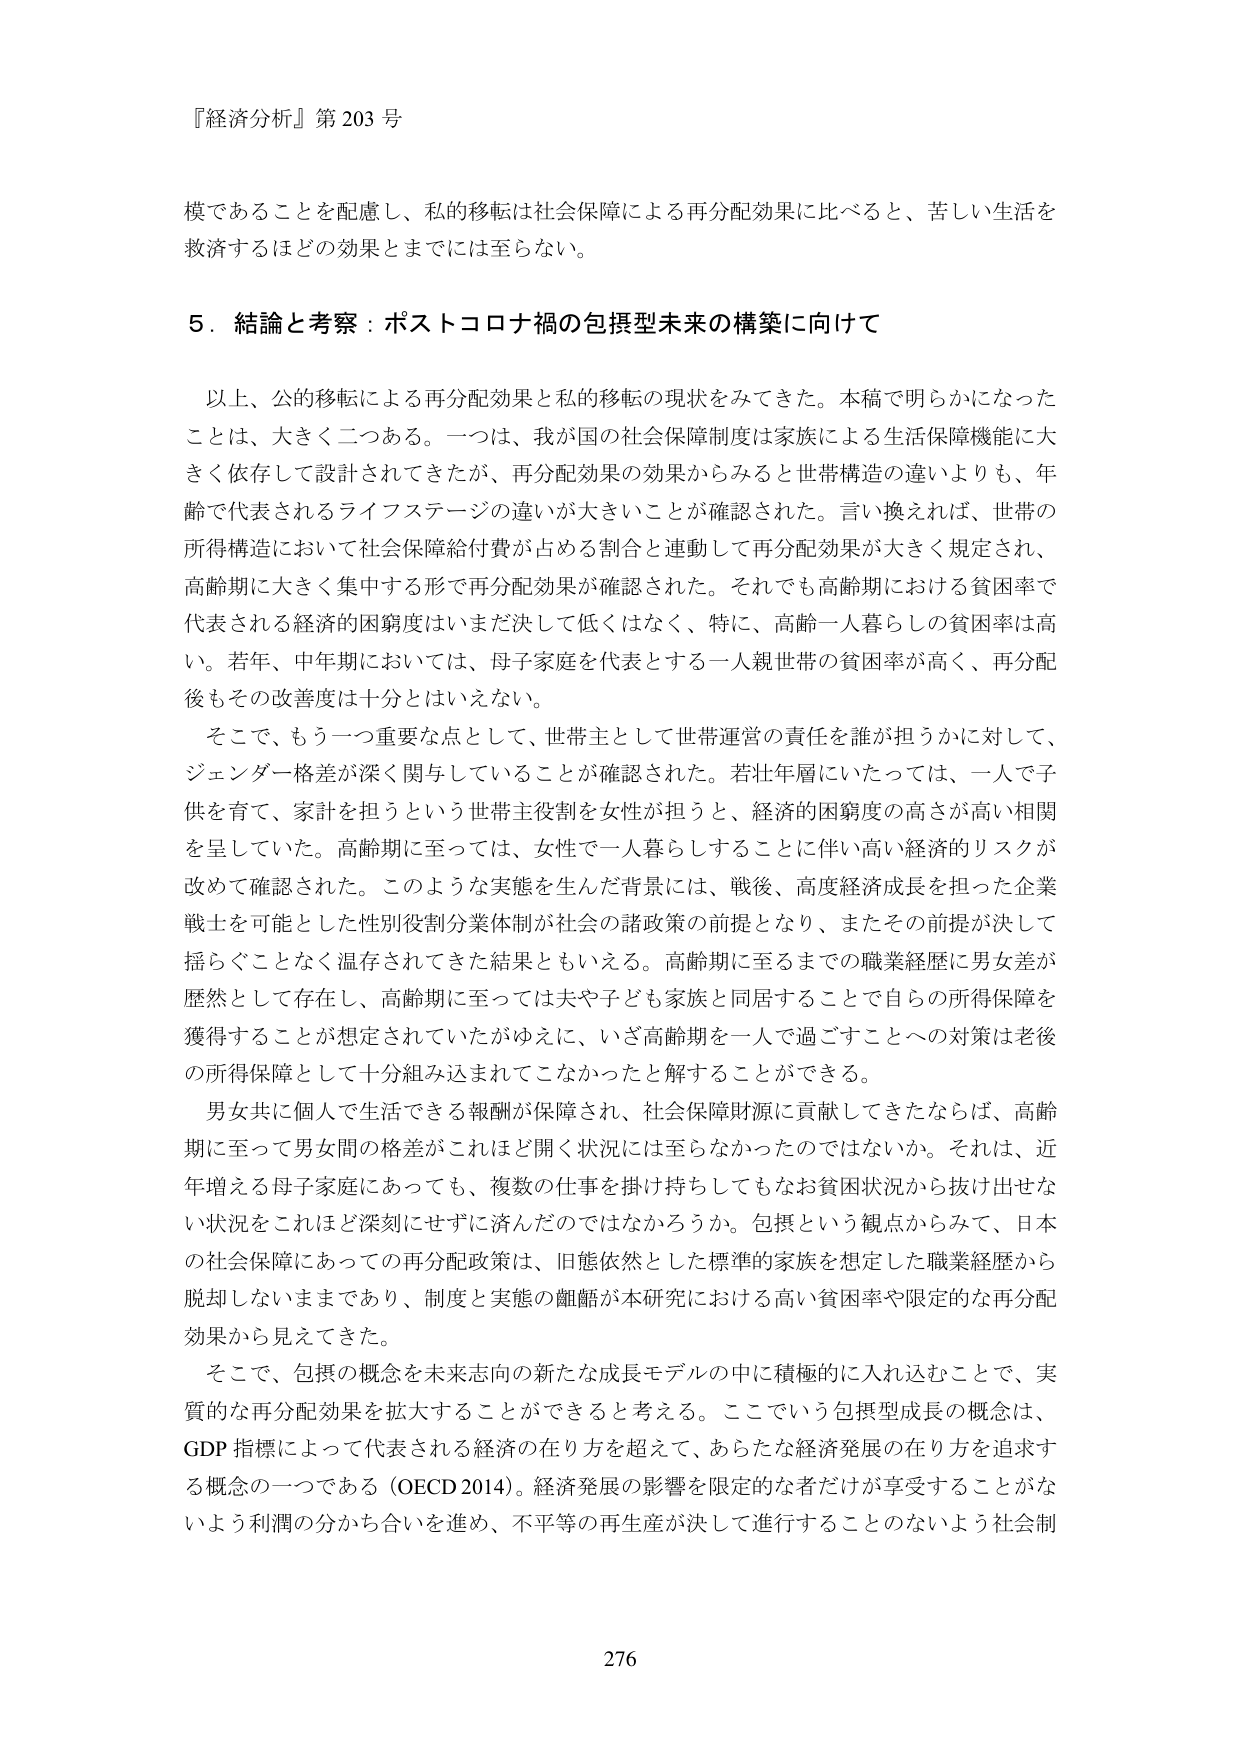
『経済分析』第203号

模であることを配慮し、私的移転は社会保障による再分配効果に比べると、苦しい生活を
救済するほどの効果とまでには至らない。

5．結論と考察：ポストコロナ禍の包摂型未来の構築に向けて

以上、公的移転による再分配効果と私的移転の現状をみてきた。本稿で明らかになった
ことは、大きく二つある。一つは、我が国の社会保障制度は家族による生活保障機能に大
きく依存して設計されてきたが、再分配効果の効果からみると世帯構造の違いよりも、年
齢で代表されるライフステージの違いが大きいことが確認された。言い換えれば、世帯の
所得構造において社会保障給付費が占める割合と連動して再分配効果が大きく規定され、
高齢期に大きく集中する形で再分配効果が確認された。それでも高齢期における貧困率で
代表される経済的困窮度はいまだ決して低くはなく、特に、高齢一人暮らしの貧困率は高
い。若年、中年期においては、母子家庭を代表とする一人親世帯の貧困率が高く、再分配
後もその改善度は十分とはいえない。

そこで、もう一つ重要な点として、世帯主として世帯運営の責任を誰が担うかに対して、
ジェンダー格差が深く関与していることが確認された。若壮年層にいたっては、一人で子
供を育て、家計を担うという世帯主役割を女性が担うと、経済的困窮度の高さが高い相関
を呈していた。高齢期に至っては、女性で一人暮らしすることに伴い高い経済的リスクが
改めて確認された。このような実態を生んだ背景には、戦後、高度経済成長を担った企業
戦士を可能とした性別役割分業体制が社会の諸政策の前提となり、またその前提が決して
揺らぐことなく温存されてきた結果ともいえる。高齢期に至るまでの職業経歴に男女差が
歴然として存在し、高齢期に至っては夫や子ども家族と同居することで自らの所得保障を
獲得することが想定されていたがゆえに、いざ高齢期を一人で過ごすことへの対策は老後
の所得保障として十分組み込まれてこなかったと解することができる。

男女共に個人で生活できる報酬が保障され、社会保障財源に貢献してきたならば、高齢
期に至って男女間の格差がこれほど開く状況には至らなかったのではないか。それは、近
年増える母子家庭にあっても、複数の仕事を掛け持ちしてもなお貧困状況から抜け出せな
い状況をこれほど深刻にせずに済んだのではなかろうか。包摂という観点からみて、日本
の社会保障にあっての再分配政策は、旧態依然とした標準的家族を想定した職業経歴から
脱却しないままであり、制度と実態の齟齬が本研究における高い貧困率や限定的な再分配
効果から見えてきた。

そこで、包摂の概念を未来志向の新たな成長モデルの中に積極的に入れ込むことで、実
質的な再分配効果を拡大することができると考える。ここでいう包摂型成長の概念は、
GDP指標によって代表される経済の在り方を超えて、あらたな経済発展の在り方を追求す
る概念の一つである（OECD 2014）。経済発展の影響を限定的な者だけが享受することがな
いよう利潤の分かち合いを進め、不平等の再生産が決して進行することのないよう社会制

276